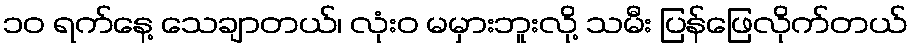
၁၀ ရက်နေ့ သေချာတယ်၊ လုံးဝ မမှားဘူးလို့ သမီး ပြန်ဖြေလိုက်တယ်